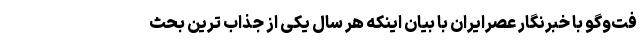
فت‌وگو با خبرنگار عصرایران با بیان اینکه هر سال یکی از جذاب ترین بحث